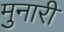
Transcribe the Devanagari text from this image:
मुनारी